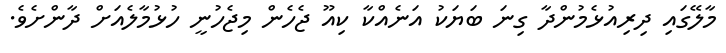
މާލޭގައި ދިރިއުޅެމުންދާ ގިނަ ބަޔަކު އަނެއްކާ ކިއޫ ޖެހެން މިޖެހުނީ ހުޅުމާލެއަށް ދާންށެވެ.